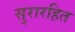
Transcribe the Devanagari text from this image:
सुरारहित